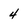
Character: 4